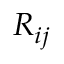
R _ { i j }